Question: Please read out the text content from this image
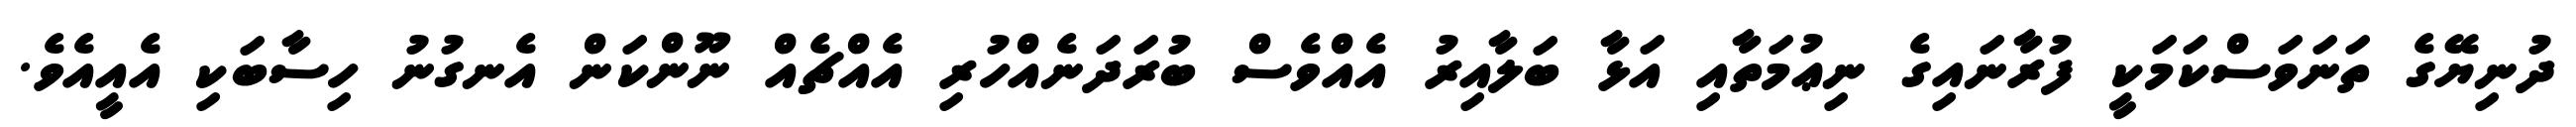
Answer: ދުނިޔޭގެ ތަނަވަސްކަމަކީ ފުރާނައިގެ ނިޢުމަތާއި އަޅާ ބަލާއިރު އެއްވެސް ބުރަދަނެއްހުރި އެއްޗެއް ނޫންކަން އެނގުނު ހިސާބަކި އެއީއެވެ.